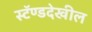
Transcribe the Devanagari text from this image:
स्टॅण्डदेखील